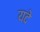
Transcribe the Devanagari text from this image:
यदे